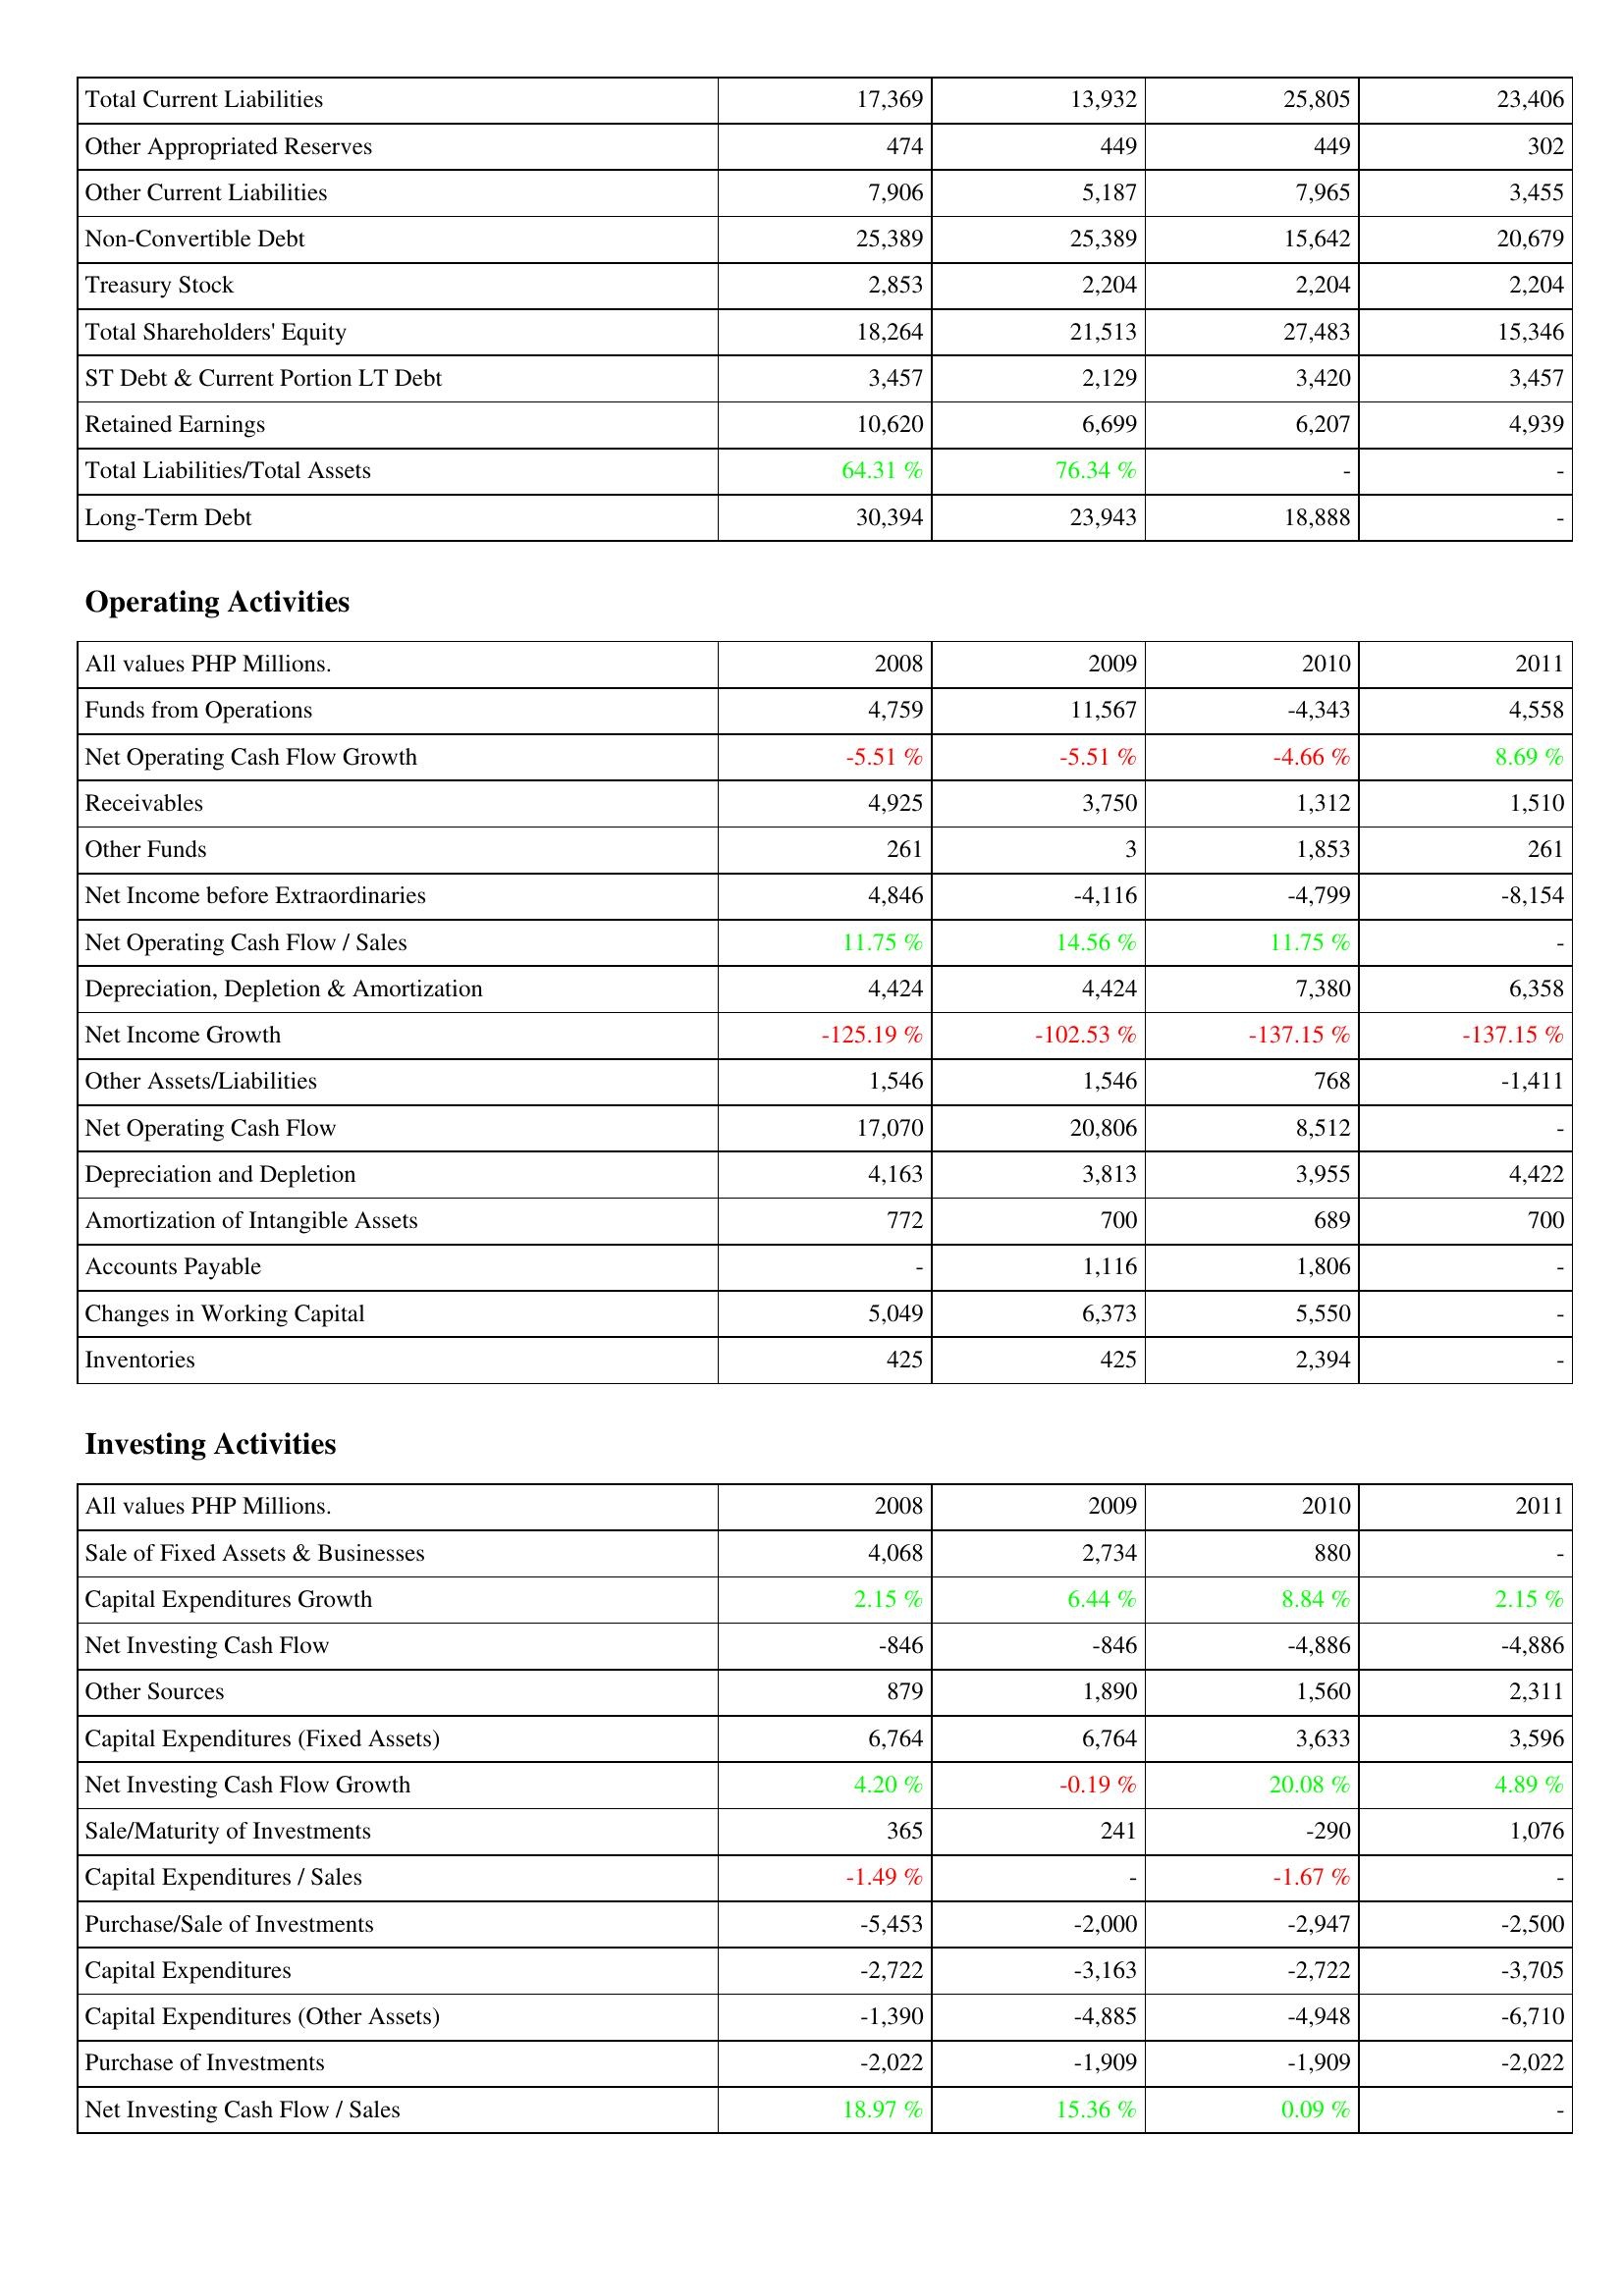
2008: Liabilities & Shareholders' Equity: Total Current Liabilities: 17,369
Other Appropriated Reserves: 474
Other Current Liabilities: 7,906
Non-Convertible Debt: 25,389
Treasury Stock: 2,853
Total Shareholders' Equity: 18,264
ST Debt & Current Portion LT Debt: 3,457
Retained Earnings: 10,620
Total Liabilities/Total Assets: 64.31 %
Long-Term Debt: 30,394
Operating Activities: Funds from Operations: 4,759
Net Operating Cash Flow Growth: -5.51 %
Receivables: 4,925
Other Funds: 261
Net Income before Extraordinaries: 4,846
Net Operating Cash Flow / Sales: 11.75 %
Depreciation, Depletion & Amortization: 4,424
Net Income Growth: -125.19 %
Other Assets/Liabilities: 1,546
Net Operating Cash Flow: 17,070
Depreciation and Depletion: 4,163
Amortization of Intangible Assets: 772
Accounts Payable: -
Changes in Working Capital: 5,049
Inventories: 425
Investing Activities: Sale of Fixed Assets & Businesses: 4,068
Capital Expenditures Growth: 2.15 %
Net Investing Cash Flow: -846
Other Sources: 879
Capital Expenditures (Fixed Assets): 6,764
Net Investing Cash Flow Growth: 4.20 %
Sale/Maturity of Investments: 365
Capital Expenditures / Sales: -1.49 %
Purchase/Sale of Investments: -5,453
Capital Expenditures: -2,722
Capital Expenditures (Other Assets): -1,390
Purchase of Investments: -2,022
Net Investing Cash Flow / Sales: 18.97 %
2009: Liabilities & Shareholders' Equity: Total Current Liabilities: 13,932
Other Appropriated Reserves: 449
Other Current Liabilities: 5,187
Non-Convertible Debt: 25,389
Treasury Stock: 2,204
Total Shareholders' Equity: 21,513
ST Debt & Current Portion LT Debt: 2,129
Retained Earnings: 6,699
Total Liabilities/Total Assets: 76.34 %
Long-Term Debt: 23,943
Operating Activities: Funds from Operations: 11,567
Net Operating Cash Flow Growth: -5.51 %
Receivables: 3,750
Other Funds: 3
Net Income before Extraordinaries: -4,116
Net Operating Cash Flow / Sales: 14.56 %
Depreciation, Depletion & Amortization: 4,424
Net Income Growth: -102.53 %
Other Assets/Liabilities: 1,546
Net Operating Cash Flow: 20,806
Depreciation and Depletion: 3,813
Amortization of Intangible Assets: 700
Accounts Payable: 1,116
Changes in Working Capital: 6,373
Inventories: 425
Investing Activities: Sale of Fixed Assets & Businesses: 2,734
Capital Expenditures Growth: 6.44 %
Net Investing Cash Flow: -846
Other Sources: 1,890
Capital Expenditures (Fixed Assets): 6,764
Net Investing Cash Flow Growth: -0.19 %
Sale/Maturity of Investments: 241
Capital Expenditures / Sales: -
Purchase/Sale of Investments: -2,000
Capital Expenditures: -3,163
Capital Expenditures (Other Assets): -4,885
Purchase of Investments: -1,909
Net Investing Cash Flow / Sales: 15.36 %
2010: Liabilities & Shareholders' Equity: Total Current Liabilities: 25,805
Other Appropriated Reserves: 449
Other Current Liabilities: 7,965
Non-Convertible Debt: 15,642
Treasury Stock: 2,204
Total Shareholders' Equity: 27,483
ST Debt & Current Portion LT Debt: 3,420
Retained Earnings: 6,207
Total Liabilities/Total Assets: -
Long-Term Debt: 18,888
Operating Activities: Funds from Operations: -4,343
Net Operating Cash Flow Growth: -4.66 %
Receivables: 1,312
Other Funds: 1,853
Net Income before Extraordinaries: -4,799
Net Operating Cash Flow / Sales: 11.75 %
Depreciation, Depletion & Amortization: 7,380
Net Income Growth: -137.15 %
Other Assets/Liabilities: 768
Net Operating Cash Flow: 8,512
Depreciation and Depletion: 3,955
Amortization of Intangible Assets: 689
Accounts Payable: 1,806
Changes in Working Capital: 5,550
Inventories: 2,394
Investing Activities: Sale of Fixed Assets & Businesses: 880
Capital Expenditures Growth: 8.84 %
Net Investing Cash Flow: -4,886
Other Sources: 1,560
Capital Expenditures (Fixed Assets): 3,633
Net Investing Cash Flow Growth: 20.08 %
Sale/Maturity of Investments: -290
Capital Expenditures / Sales: -1.67 %
Purchase/Sale of Investments: -2,947
Capital Expenditures: -2,722
Capital Expenditures (Other Assets): -4,948
Purchase of Investments: -1,909
Net Investing Cash Flow / Sales: 0.09 %
2011: Liabilities & Shareholders' Equity: Total Current Liabilities: 23,406
Other Appropriated Reserves: 302
Other Current Liabilities: 3,455
Non-Convertible Debt: 20,679
Treasury Stock: 2,204
Total Shareholders' Equity: 15,346
ST Debt & Current Portion LT Debt: 3,457
Retained Earnings: 4,939
Total Liabilities/Total Assets: -
Long-Term Debt: -
Operating Activities: Funds from Operations: 4,558
Net Operating Cash Flow Growth: 8.69 %
Receivables: 1,510
Other Funds: 261
Net Income before Extraordinaries: -8,154
Net Operating Cash Flow / Sales: -
Depreciation, Depletion & Amortization: 6,358
Net Income Growth: -137.15 %
Other Assets/Liabilities: -1,411
Net Operating Cash Flow: -
Depreciation and Depletion: 4,422
Amortization of Intangible Assets: 700
Accounts Payable: -
Changes in Working Capital: -
Inventories: -
Investing Activities: Sale of Fixed Assets & Businesses: -
Capital Expenditures Growth: 2.15 %
Net Investing Cash Flow: -4,886
Other Sources: 2,311
Capital Expenditures (Fixed Assets): 3,596
Net Investing Cash Flow Growth: 4.89 %
Sale/Maturity of Investments: 1,076
Capital Expenditures / Sales: -
Purchase/Sale of Investments: -2,500
Capital Expenditures: -3,705
Capital Expenditures (Other Assets): -6,710
Purchase of Investments: -2,022
Net Investing Cash Flow / Sales: -